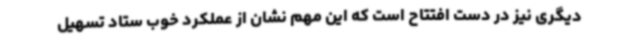
دیگری نیز در دست افتتاح است که این مهم نشان از عملکرد خوب ستاد تسهیل